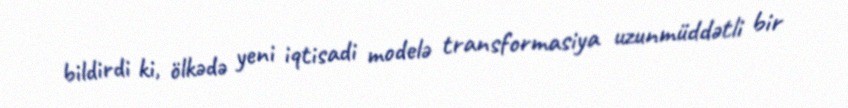
bildirdi ki, ölkədə yeni iqtisadi modelə transformasiya uzunmüddətli bir